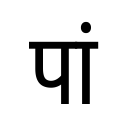
OCR:
पां